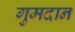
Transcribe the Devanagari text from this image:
गुमदान